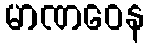
မာဏဝေန